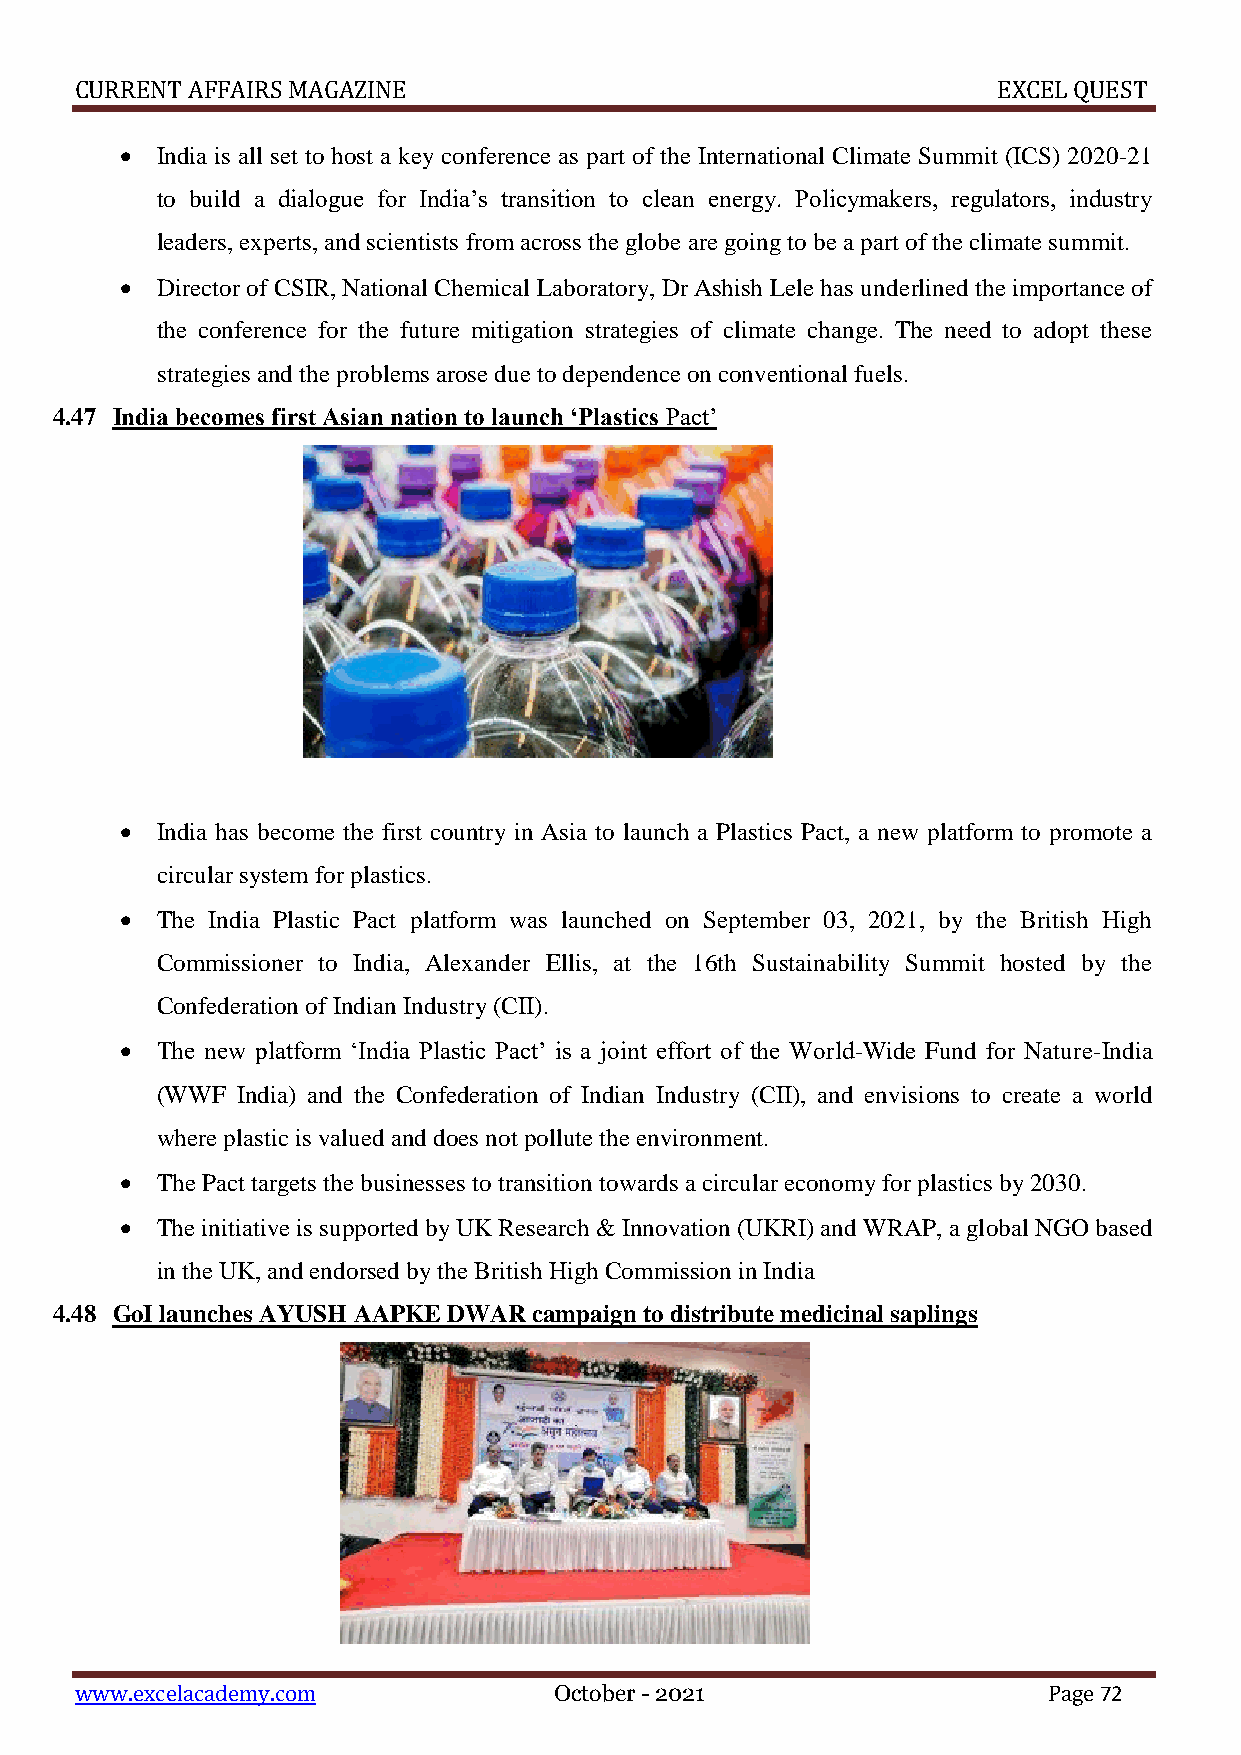
CURRENT AFFAIRS MAGAZINE                                     EXCEL QUEST
  India is all set to host a key conference as part of the International Climate Summit (ICS) 2020-21
 to build a dialogue for India’s transition to clean energy. Policymakers, regulators, industry
 leaders, experts, and scientists from across the globe are going to be a part of the climate summit.
  Director of CSIR, National Chemical Laboratory, Dr Ashish Lele has underlined the importance of
 the conference for the future mitigation strategies of climate change. The need to adopt these
 strategies and the problems arose due to dependence on conventional fuels.
 4.47 India becomes first Asian nation to launch ‘Plastics Pact’
  India has become the first country in Asia to launch a Plastics Pact, a new platform to promote a
 circular system for plastics.
  The India Plastic Pact platform was launched on September 03, 2021, by the British High
 Commissioner to India, Alexander Ellis, at the 16th Sustainability Summit hosted by the
 Confederation of Indian Industry (CII).
  The new platform ‘India Plastic Pact’ is a joint effort of the World-Wide Fund for Nature-India
 (WWF  India) and the Confederation of Indian Industry (CII), and envisions to create a world
 where plastic is valued and does not pollute the environment.
  The Pact targets the businesses to transition towards a circular economy for plastics by 2030.
  The initiative is supported by UK Research & Innovation (UKRI) and WRAP, a global NGO based
 in the UK, and endorsed by the British High Commission in India
 4.48 GoI launches AYUSH AAPKE DWAR campaign to distribute medicinal saplings
 www.excelacademy.com            October - 2021                  Page 72